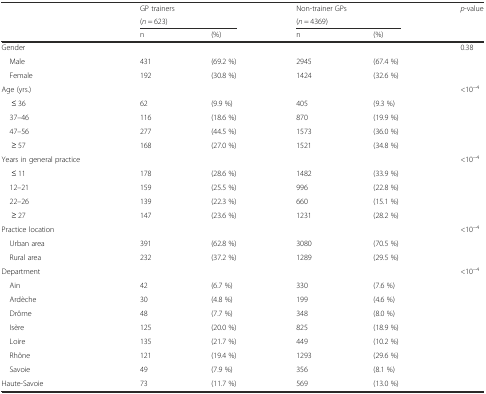
|  | <COLSPAN=2> GP trainers | <COLSPAN=2> Non-trainer GPs | p-value |
 |  | <COLSPAN=2> (n = 623) | <COLSPAN=2> (n = 4369) |  |
 |  | n | (%) | n | (%) |  |
 | --- | --- | --- | --- | --- | --- |
 | Gender |  |  |  |  | 0.38 |
 | Male | 431 | (69.2 %) | 2945 | (67.4 %) |  |
 | Female | 192 | (30.8 %) | 1424 | (32.6 %) |  |
 | Age (yrs.) |  |  |  |  | <10−4 |
 | ≤ 36 | 62 | (9.9 %) | 405 | (9.3 %) |  |
 | 37–46 | 116 | (18.6 %) | 870 | (19.9 %) |  |
 | 47–56 | 277 | (44.5 %) | 1573 | (36.0 %) |  |
 | ≥ 57 | 168 | (27.0 %) | 1521 | (34.8 %) |  |
 | Years in general practice |  |  |  |  | <10−4 |
 | ≤ 11 | 178 | (28.6 %) | 1482 | (33.9 %) |  |
 | 12–21 | 159 | (25.5 %) | 996 | (22.8 %) |  |
 | 22–26 | 139 | (22.3 %) | 660 | (15.1 %) |  |
 | ≥ 27 | 147 | (23.6 %) | 1231 | (28.2 %) |  |
 | Practice location |  |  |  |  | <10−4 |
 | Urban area | 391 | (62.8 %) | 3080 | (70.5 %) |  |
 | Rural area | 232 | (37.2 %) | 1289 | (29.5 %) |  |
 | Department |  |  |  |  | <10−4 |
 | Ain | 42 | (6.7 %) | 330 | (7.6 %) |  |
 | Ardèche | 30 | (4.8 %) | 199 | (4.6 %) |  |
 | Drôme | 48 | (7.7 %) | 348 | (8.0 %) |  |
 | Isère | 125 | (20.0 %) | 825 | (18.9 %) |  |
 | Loire | 135 | (21.7 %) | 449 | (10.2 %) |  |
 | Rhône | 121 | (19.4 %) | 1293 | (29.6 %) |  |
 | Savoie | 49 | (7.9 %) | 356 | (8.1 %) |  |
 | Haute-Savoie | 73 | (11.7 %) | 569 | (13.0 %) |  |